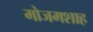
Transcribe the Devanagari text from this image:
मोजमशाह